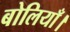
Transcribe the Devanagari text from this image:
बोलियाँ।